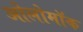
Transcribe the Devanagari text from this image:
ओलोमॉक